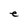
Character: e